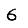
Digit: 6